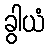
ခွါယံ